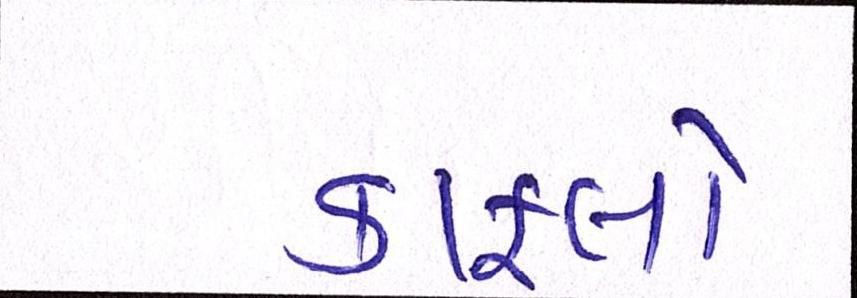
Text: કાફલો